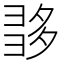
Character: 𡖩